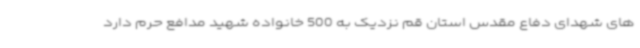
های شهدای دفاع مقدس استان قم نزدیک به 500 خانواده شهید مدافع حرم دارد